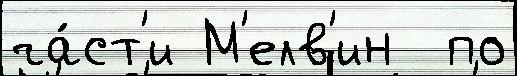
ча́ст'и М'елв'ин  по